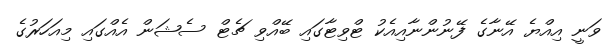
ވަނީ އިއްޔެ އޭނާގެ ފޭނުންނާއިއެކު ޓްވިޓާގައި ބޭއްވި ޗެޓް ސެޝަން އެއްގައި މިއަހަރުގެ